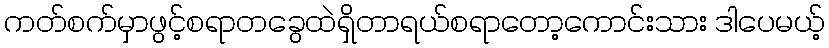
ကတ်စက်မှာဖွင့်စရာတခွေထဲရှိတာရယ်စရာတော့ကောင်းသား ဒါပေမယ့်